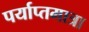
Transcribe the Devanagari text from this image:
पर्याप्तमात्रा